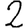
Digit: 2